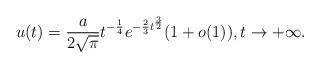
LaTeX: \begin{align*}u(t) = \frac{a}{2\sqrt{\pi}}t^{-\frac{1}{4}}e^{-\frac{2}{3}t^{\frac{3}{2}}} ( 1 + o(1) ),t \to +\infty.\end{align*}